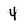
Character: 4